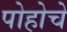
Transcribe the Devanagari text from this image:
पोहोचे